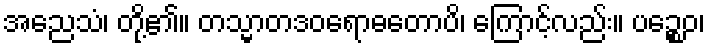
အညေသံ၊ တို့၏။ တသ္မာတဒဝရောဓတောပိ၊ ကြောင့်လည်း။ ပဉ္စေဝ၊